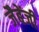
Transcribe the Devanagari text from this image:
जैबेंजी